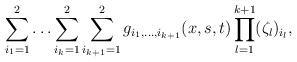
LaTeX: \begin{align*} \sum_{i_1 = 1}^2 \ldots \sum_{i_k =1}^2 \sum_{i_{k+1} = 1}^2 g_{i_1, \ldots, i_{k+1}}(x,s,t) \prod_{l=1}^{k+1} (\zeta_l)_{i_l}, \end{align*}